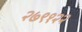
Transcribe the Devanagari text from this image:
२७९१२२